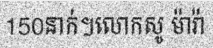
150នាក់។លោកសូ ម៉ារ៉ា